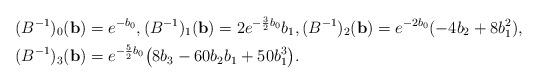
LaTeX: \begin{align*}& (B^{-1})_0({\bf b}) = e^{-b_0}, (B^{-1})_1({\bf b}) = 2 e^{-\frac{3}{2} b_0} b_1, (B^{-1})_2({\bf b}) = e^{-2b_0} (-4 b_2 + 8 b_1^2), \\& (B^{-1})_3({\bf b}) = e^{-\frac{5}{2} b_0} \bigl(8 b_3-60 b_2 b_1+50 b_1^3\bigr).\end{align*}